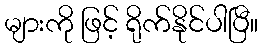
များကို ဖြင့် ရိုက်နိုင်ပါပြီ။